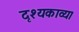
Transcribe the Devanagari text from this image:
दृश्यकाव्य।